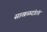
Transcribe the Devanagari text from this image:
साखळदंडांत